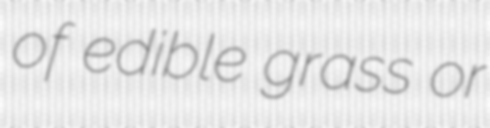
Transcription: of edible grass or